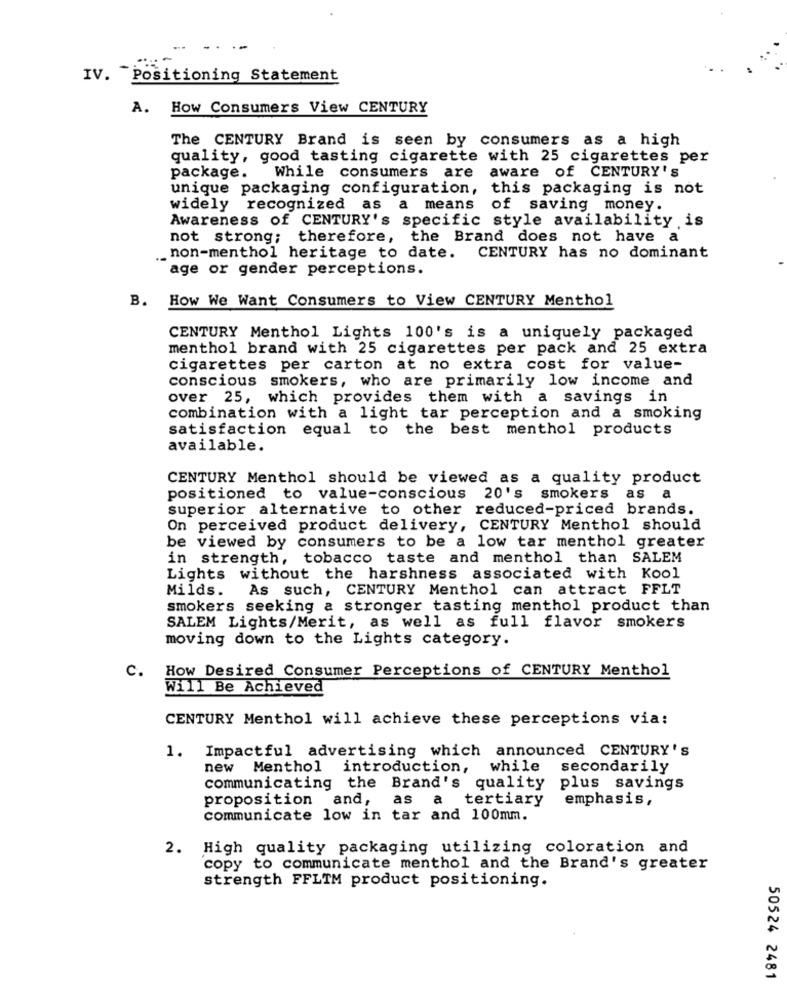
IV. Positioning Statement
A. How Consumers View CENTURY
The CENTURY Brand is seen by consumers as a high
quality, good tasting cigarette with 25 cigarettes per
package.
While consumers are aware of CENTURY'S
unique packaging configuration, this packaging is not
widely recognized as a means of saving money.
Awareness of CENTURY's specific style availability is
not strong; therefore, the Brand does not have a
non-menthol heritage to date. CENTURY has no dominant
age or gender perceptions.
B. How We Want Consumers to View CENTURY Menthol
CENTURY Menthol Lights 100's is a uniquely packaged
menthol brand with 25 cigarettes per pack and 25 extra
cigarettes per carton at no extra cost for value-
conscious smokers, who are primarily low income and
over 25, which provides them with a savings in
combination with a light tar perception and a smoking
satisfaction equal to the best menthol products
available.
CENTURY Menthol should be viewed as a quality product
positioned to value-conscious 20's smokers
as a
superior alternative to other reduced-priced brands.
On perceived product delivery, CENTURY Menthol should
be viewed by consumers to be a low tar menthol greater
in strength, tobacco taste and menthol than SALEM
Lights without the harshness associated with Kool
Milds. As such, CENTURY Menthol can attract FFLT
smokers seeking a stronger tasting menthol product than
SALEM Lights/Merit, as well as full flavor smokers
moving down to the Lights category.
c.
How Desired Consumer Perceptions of CENTURY Menthol
Will Be Achieved
CENTURY Menthol will achieve these perceptions via:
Impactful advertising which announced CENTURY's
1.
new Menthol introduction,
while
secondarily
communicating the Brand's quality
plus savings
proposition and,
as
a
tertiary
emphasis,
communicate low in tar and 100mm.
2. High quality packaging utilizing coloration and
copy to communicate menthol and the Brand's greater
strength FFLTM product positioning.
50524 2481